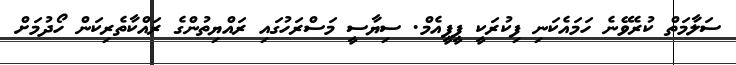
ސަލާމަތް ކުރެވޭނެ ހަމައެކަނި ފިކުރަކީ ޕީޕީއެމް. ސިޔާސީ މަސްރަހުގައި ރައްޔިތުންގެ ރައްކާތެރިކަން ހޯދުމަށް